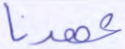
عهدنا